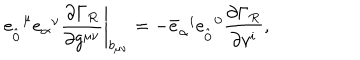
LaTeX: e _ { \hat { 0 } } ^ { \; \; \mu } e _ { \alpha } ^ { \; \; \nu } \left. \frac { \partial \Gamma _ { R } } { \partial g ^ { \mu \nu } } \right| _ { b _ { \mu \nu } } = - { \bar { e } } _ { \alpha } ^ { \; \; i } { e } _ { \hat { 0 } } ^ { \; \; 0 } \frac { \partial \Gamma _ { R } } { \partial v ^ { i } } ,